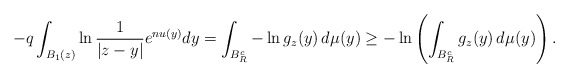
\begin{align*}- q \int_{B_1(z)} \ln \frac{1}{|z-y|} e^{nu(y)} dy &= \int_{B_R^c} -\ln g_z(y) \, d \mu (y) \geq -\ln \left( \int_{B_R^c} g_z(y) \, d \mu (y) \right).\end{align*}